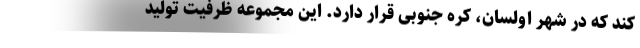
کند که در شهر اولسان، کره جنوبی قرار دارد. این مجموعه ظرفیت تولید